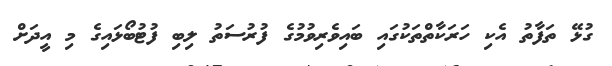
ގުޅޭ ތަފާތު އެކި ހަރަކާތްތަކުގައި ބައިވެރިވުމުގެ ފުރުސަތު ލިބި ފުޓުބޯޅައިގެ މި އީދަށް